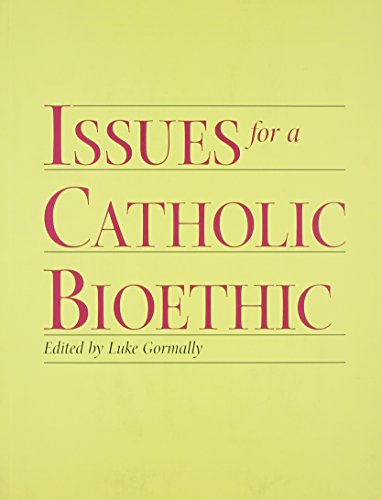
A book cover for Issues for a Catholic Bioethic; Luke Gormally; Law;